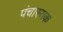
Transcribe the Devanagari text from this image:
पंचास्यक